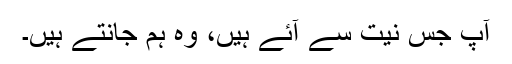
آپ جس نیت سے آئے ہیں، وہ ہم جانتے ہیں۔